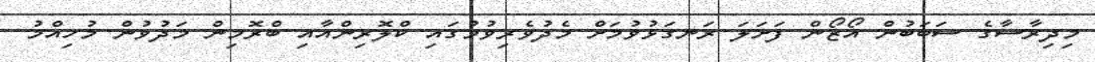
މިދިރާސާގެ ސަބަބުން އޯޒޯން ފަށަލަ ރަނގަޅުވުމަށް މެދުވެރިވުމުގައި ކްލޮރިންއާއި ބްރޮމިން މަދުވުން މުހިއްމު